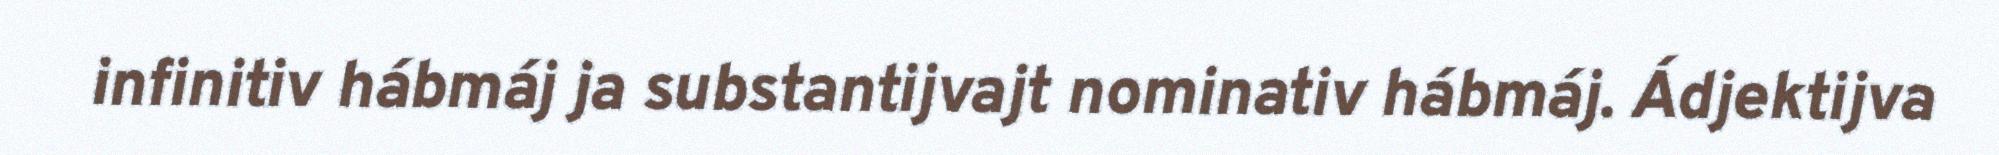
infinitiv hábmáj ja substantijvajt nominativ hábmáj. Ádjektijva